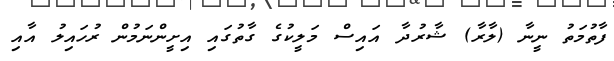
ފާތުމަތު ނީނާ (ލާރާ) ޝާރުދާ އައިސް މަލީކުގެ ގާތުގައި އިށީންނަމުން ރުހައިލު އާއި